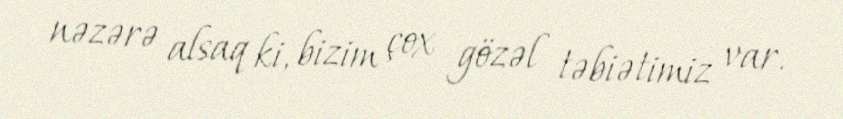
nəzərə alsaq ki, bizim çox gözəl təbiətimiz var.